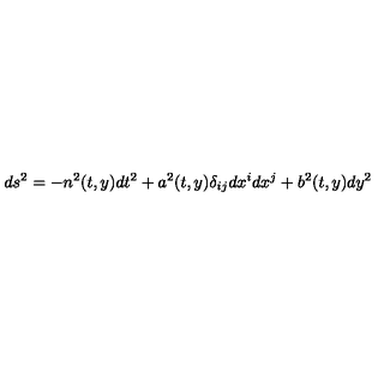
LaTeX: d s ^ { 2 } = - n ^ { 2 } ( t , y ) d t ^ { 2 } + a ^ { 2 } ( t , y ) \delta _ { i j } d x ^ { i } d x ^ { j } + b ^ { 2 } ( t , y ) d y ^ { 2 }